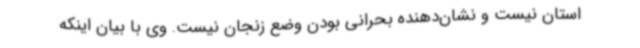
استان نیست و نشان‌دهنده بحرانی بودن وضع زنجان نیست. وی با بیان اینکه